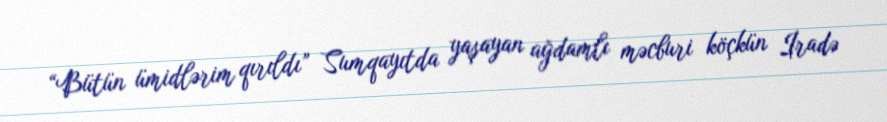
“Bütün ümidlərim qırıldı” Sumqayıtda yaşayan ağdamlı məcburi köçkün İradə